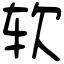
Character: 软